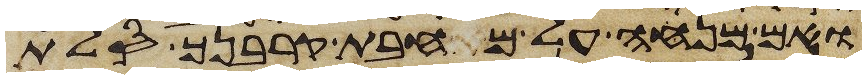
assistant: ואם מנחה על מחבת קרבנך סלת